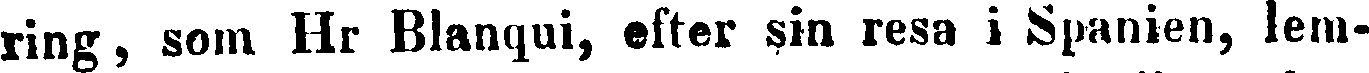
ring, som Hr Blanqui, efter sin resa i Spanien, lem-